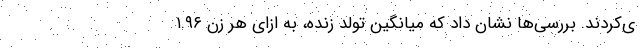
ی‌کردند. بررسی‌ها نشان داد که میانگین تولد زنده، به ازای هر زن ۱.۹۶